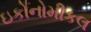
ઇકોનોમીકલ